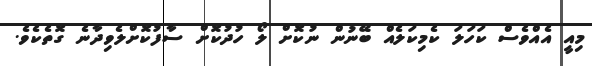
މިއީ އެއްވެސް ކަހަލަ ކެމިކަލެއް ބޭނުން ނުކޮށް ލޯ ހުދުކޮށް ސާފުކޮށްލެވިދާނެ ގޮތެކެވެ.